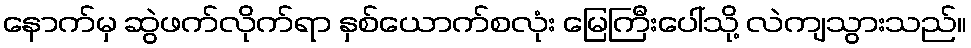
နောက်မှ ဆွဲဖက်လိုက်ရာ နှစ်ယောက်စလုံး မြေကြီးပေါ်သို့ လဲကျသွားသည်။